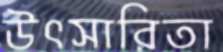
উৎসারিতা